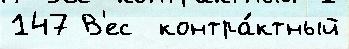
147 В'ес  контра́ктный